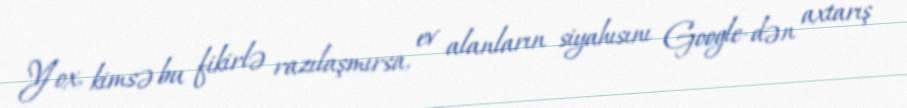
Yox, kimsə bu fikirlə razılaşmırsa, ev alanların siyahısını Google-dən axtarış